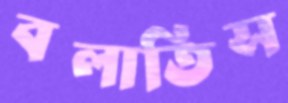
বলাতিস